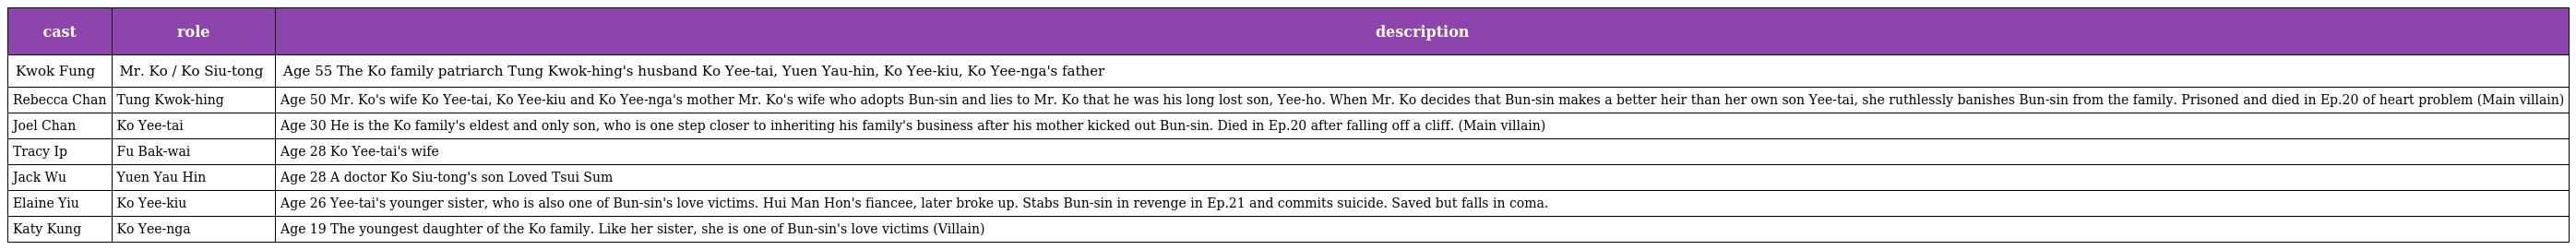
| cast | role | description |
 | --- | --- | --- |
 | Kwok Fung | Mr. Ko / Ko Siu-tong 高兆堂 | Age 55 The Ko family patriarch Tung Kwok-hing's husband Ko Yee-tai, Yuen Yau-hin, Ko Yee-kiu, Ko Yee-nga's father |
 | Rebecca Chan | Tung Kwok-hing 董幗馨 | Age 50 Mr. Ko's wife Ko Yee-tai, Ko Yee-kiu and Ko Yee-nga's mother Mr. Ko's wife who adopts Bun-sin and lies to Mr. Ko that he was his long lost son, Yee-ho. When Mr. Ko decides that Bun-sin makes a better heir than her own son Yee-tai, she ruthlessly banishes Bun-sin from the family. Prisoned and died in Ep.20 of heart problem (Main villain) |
 | Joel Chan | Ko Yee-tai 高爾泰 | Age 30 He is the Ko family's eldest and only son, who is one step closer to inheriting his family's business after his mother kicked out Bun-sin. Died in Ep.20 after falling off a cliff. (Main villain) |
 | Tracy Ip | Fu Bak-wai 傅百慧 | Age 28 Ko Yee-tai's wife |
 | Jack Wu | Yuen Yau Hin 原佑軒 | Age 28 A doctor Ko Siu-tong's son Loved Tsui Sum |
 | Elaine Yiu | Ko Yee-kiu 高爾喬 | Age 26 Yee-tai's younger sister, who is also one of Bun-sin's love victims. Hui Man Hon's fiancee, later broke up. Stabs Bun-sin in revenge in Ep.21 and commits suicide. Saved but falls in coma. |
 | Katy Kung | Ko Yee-nga 高爾雅 | Age 19 The youngest daughter of the Ko family. Like her sister, she is one of Bun-sin's love victims (Villain) |